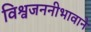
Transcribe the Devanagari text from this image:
विश्वजननीभावाने